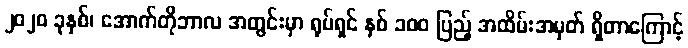
၂၀၂၀ ခုနှစ်၊ အောက်တိုဘာလ အတွင်းမှာ ရုပ်ရှင် နှစ် ၁၀၀ ပြည့် အထိမ်းအမှတ် ရှိတာကြောင့်